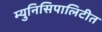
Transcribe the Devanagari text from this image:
म्युनिसिपालिटीत